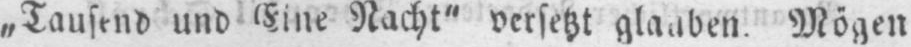
Mögen